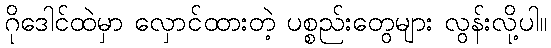
ဂိုဒေါင်ထဲမှာ လှောင်ထားတဲ့ ပစ္စည်းတွေများ လွန်းလို့ပါ။